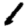
Digit: 1